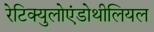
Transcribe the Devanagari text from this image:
रेटिक्युलोएंडोथीलियल